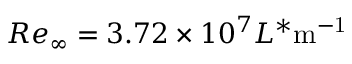
R e _ { \infty } = 3 . 7 2 \times 1 0 ^ { 7 } L ^ { * } \mathrm { m ^ { - 1 } }